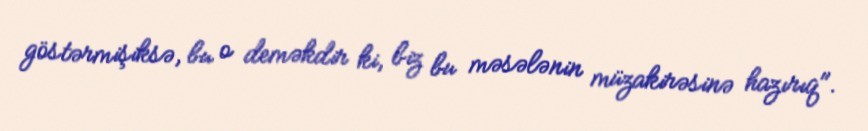
göstərmişiksə, bu o deməkdir ki, biz bu məsələnin müzakirəsinə hazırıq".